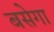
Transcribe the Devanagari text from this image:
बसेगा